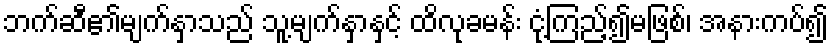
ဘက်ဆီ၏မျက်နှာသည် သူ့မျက်နှာနှင့် ထိလုခမန်း ငုံ့ကြည့်၍မဖြစ်၊ အနားကပ်၍